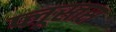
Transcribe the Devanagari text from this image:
प्लूस्तस